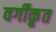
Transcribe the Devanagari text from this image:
वर्गीकृ्त